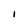
Character: I